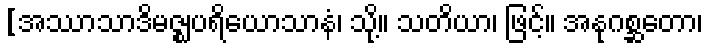
[အဿာသာဒိမဇ္ဈပရိယောသာနံ၊ သို့။ သတိယာ၊ ဖြင့်။ အနုဂစ္ဆတော၊